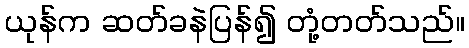
ယုန်က ဆတ်ခနဲပြန်၍ တုံ့တတ်သည်။